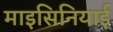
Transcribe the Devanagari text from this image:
माइसिनियाई